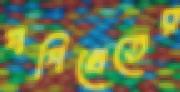
পপিখেতের